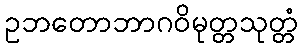
ဥဘတောဘာဂဝိမုတ္တသုတ္တံ